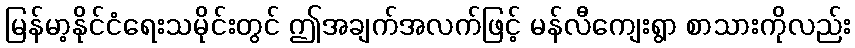
မြန်မာ့နိုင်ငံရေးသမိုင်းတွင် ဤအချက်အလက်ဖြင့် မန်လီကျေးရွာ စာသားကိုလည်း